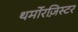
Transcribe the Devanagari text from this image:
थर्मोरज़िस्टर